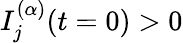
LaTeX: I_{j}^{(\alpha)}(t=0)>0